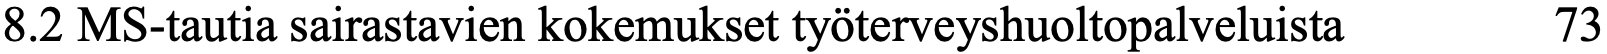
8.2 MS-tautia sairastavien kokemukset työterveyshuoltopalveluista 73